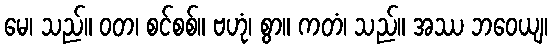
မေ၊ သည်။ ဝတ၊ စင်စစ်။ ဗဟုံ၊ စွာ။ ကတံ၊ သည်။ အဿ ဘဝေယျ၊